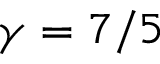
\gamma = 7 / 5